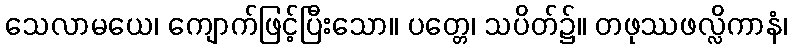
သေလာမယေ၊ ကျောက်ဖြင့်ပြီးသော။ ပတ္တေ၊ သပိတ်၌။ တဖုဿဖလ္လိကာနံ၊